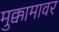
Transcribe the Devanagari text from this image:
मुक्कामावर